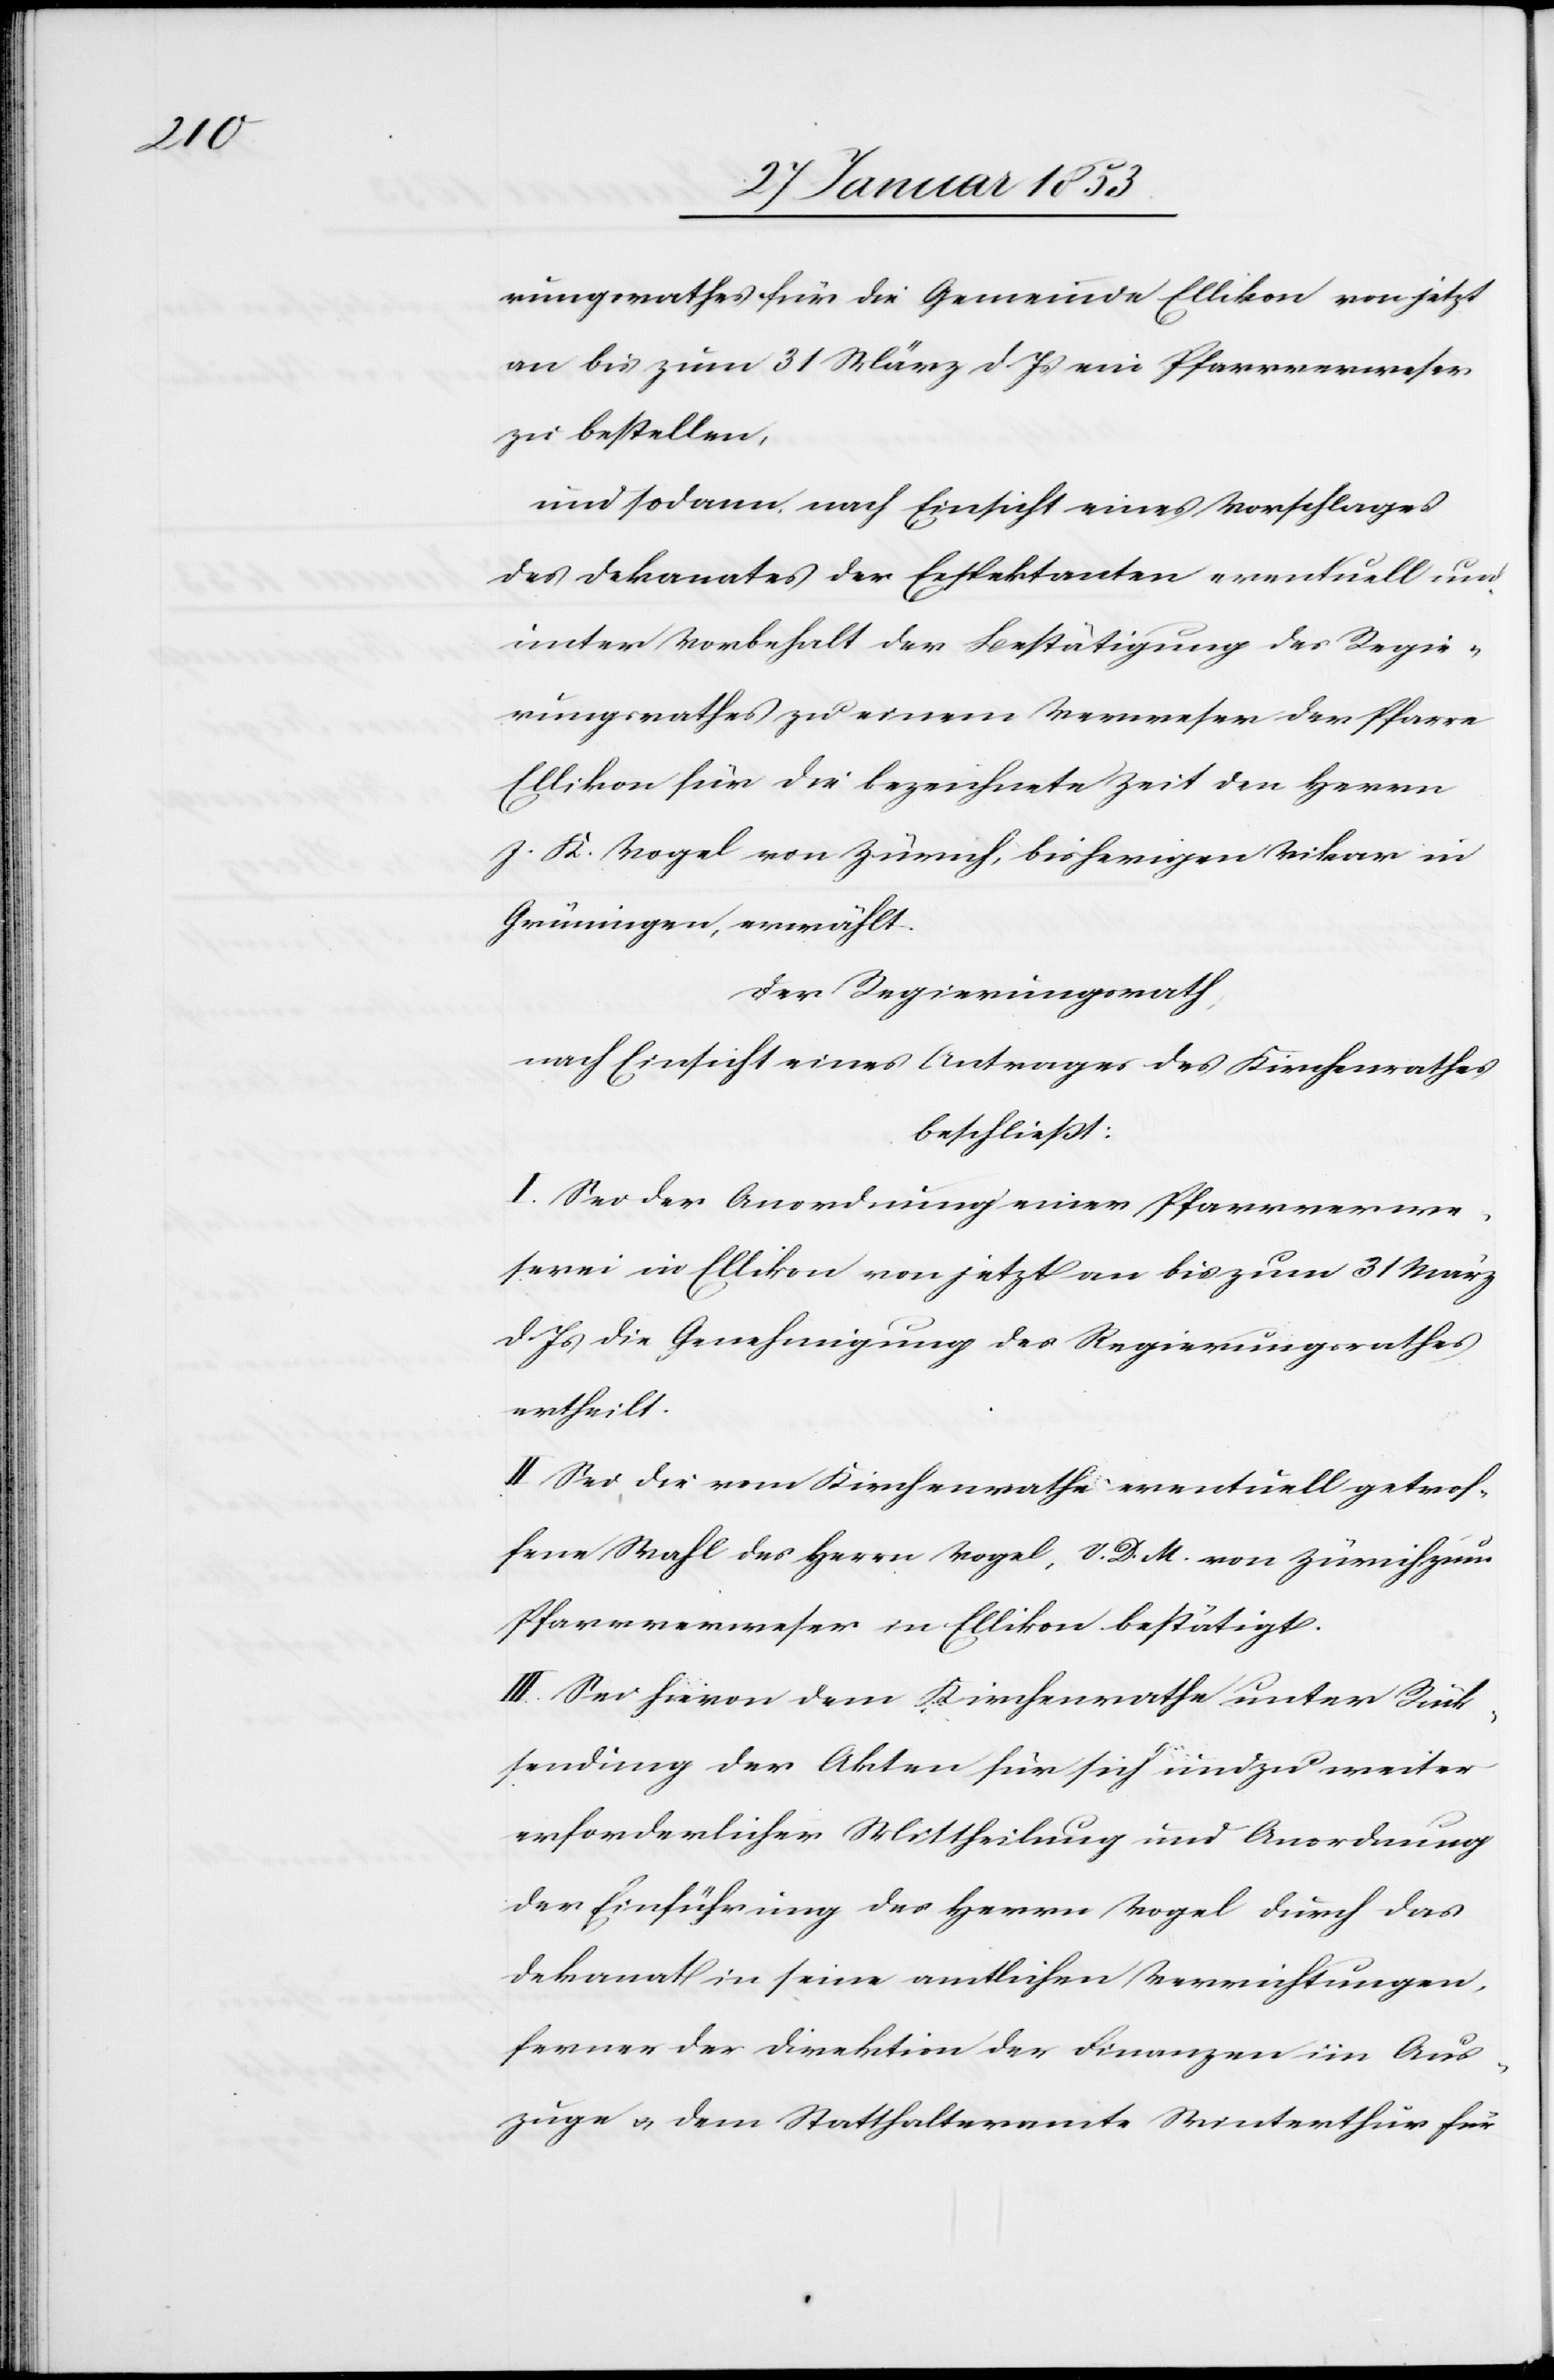
rungsrathes für die Gemeinde Ellikon von jetzt
an bis zum 31 März d. Js. ein Pfarrverweser
zu bestellen,
und sodann, nach Einsicht eines Vorschlages
des Dekanates der Expektanten eventuell und
unter Vorbehalt der Bestätigung des Regie¬
rungsrathes zu einem Verweser der Pfarre
Ellikon für die bezeichnete Zeit den Herrn
J. K. Vogel [sic!] von Zürich, bisherigen Vikar in
Grüningen, erwählt.
Der Regierungsrath,
nach Einsicht eines Antrages des Kirchenrathes
beschließt:
I. Sei der Anordnung einer Pfarrverwe¬
serei in Ellikon von jetzt an bis zum 31 März
d. Js. die Genehmigung des Regierungsrathes
ertheilt.
II. Sei die vom Kirchenrathe eventuell getrof¬
fene Wahl des Herrn Vogel, V. D. M. von Zürich zum
Pfarrverweser in Ellikon bestätigt.
III. Sei hievon dem Kirchenrathe unter Rück¬
sendung der Akten für sich und zu weiter
erforderlicher Mittheilung und Anordnung
der Einführung des Herrn Vogel durch das
Dekanat in seine amtlichen Verrichtungen,
ferner der Direktion der Finanzen im Aus¬
zuge u. dem Statthalteramte Winterthur für